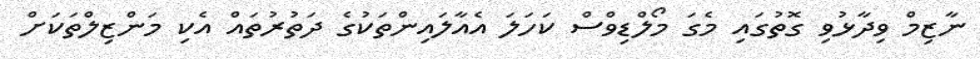
ނާޒިމް ވިދާޅުވި ގޮތުގައި މެގަ މޯލްޑިވްސް ކަހަލަ އެއާލައިންތަކުގެ ދަތުރުތައް އެކި މަންޒިލްތަކަށް